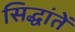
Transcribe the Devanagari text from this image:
सिद्धांतें